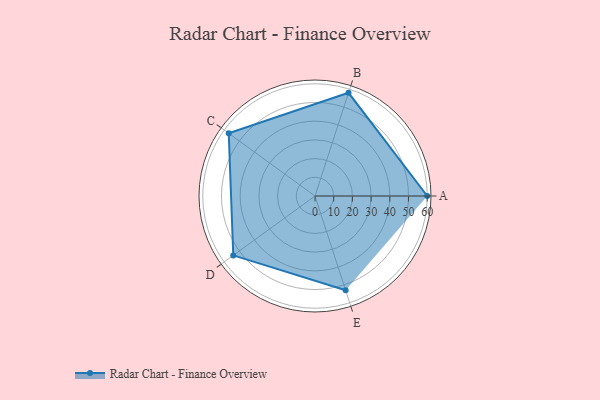
{"axis": {"x": "Skill", "y": "Score"}, "legend": ["Profile"], "data": [{"x": "A", "y": 60.0, "type": "Profile"}, {"x": "B", "y": 58.0, "type": "Profile"}, {"x": "C", "y": 57.0, "type": "Profile"}, {"x": "D", "y": 54.0, "type": "Profile"}, {"x": "E", "y": 53.0, "type": "Profile"}]}